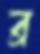
ব্র